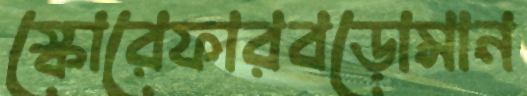
স্কোরেফারবড়োমান